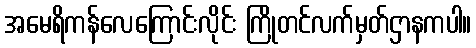
အမေရိကန်လေကြောင်းလိုင်း ကြိုတင်လက်မှတ်ဌာနကပါ။